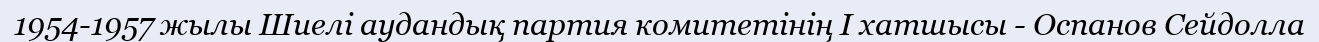
1954-1957 жылы Шиелі аудандық партия комитетінің І хатшысы - Оспанов Сейдолла